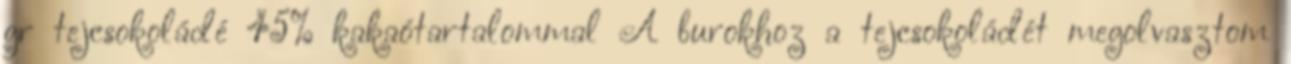
gr tejcsokoládé 45% kakaótartalommal A burokhoz a tejcsokoládét megolvasztom